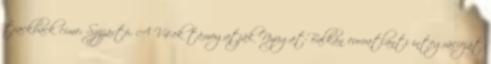
trackback címe: Szijjártó: A V4-ek támogatják Nyugat-Balkán euroatlanti integrációját